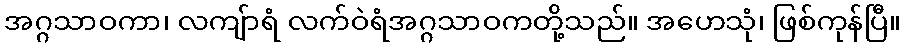
အဂ္ဂသာဝကာ၊ လကျ်ာရံ လက်ဝဲရံအဂ္ဂသာဝကတို့သည်။ အဟေသုံ၊ ဖြစ်ကုန်ပြီ။